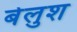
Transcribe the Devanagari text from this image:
बेलुश